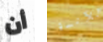
أن للآنسة